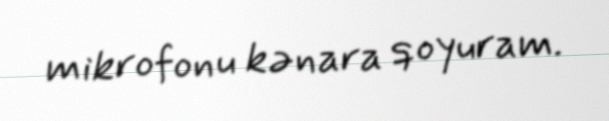
mikrofonu kənara qoyuram.